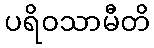
ပရိဝသာမီတိ